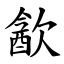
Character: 㱃